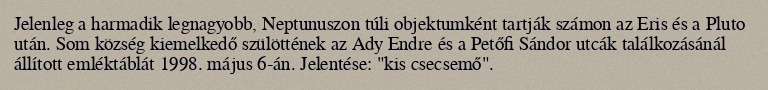
Jelenleg a harmadik legnagyobb, Neptunuszon túli objektumként tartják számon az Eris és a Pluto után. Som község kiemelkedő szülöttének az Ady Endre és a Petőfi Sándor utcák találkozásánál állított emléktáblát 1998. május 6-án. Jelentése: "kis csecsemő".